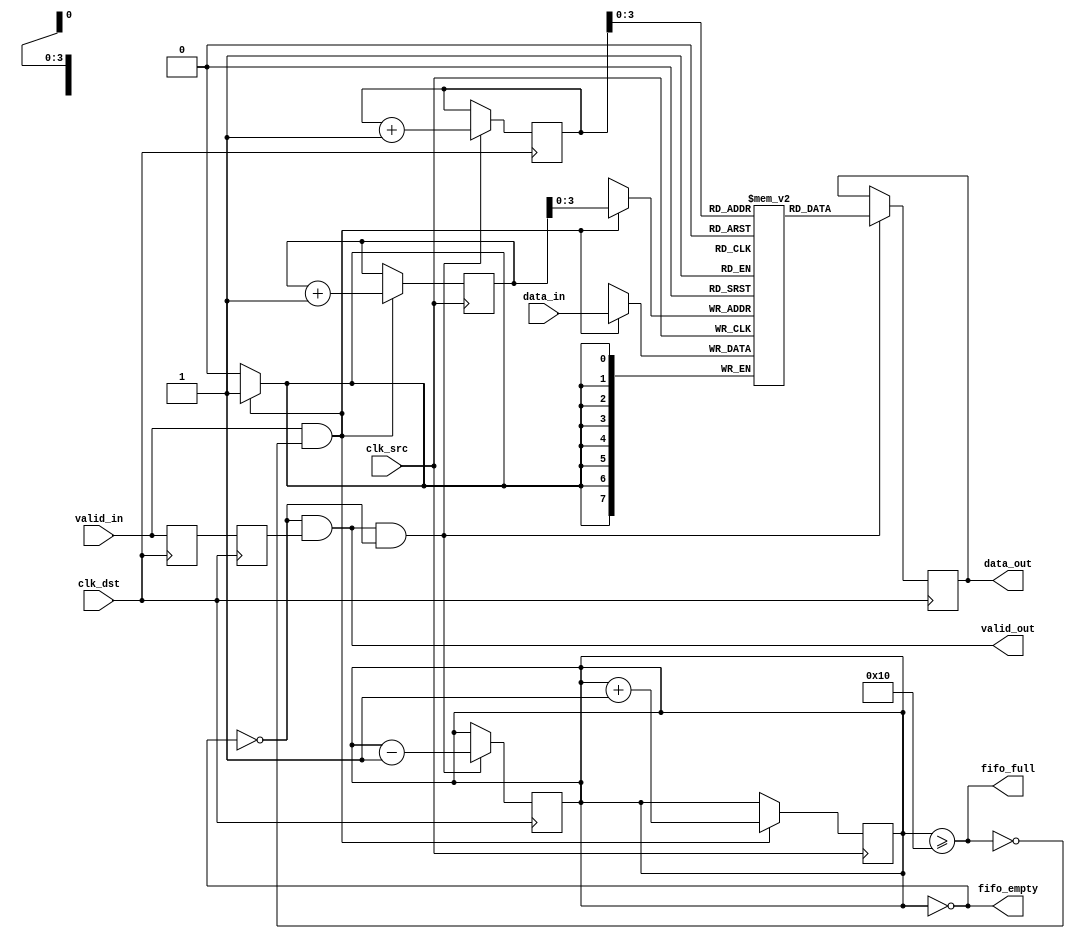
module burst_mode_synchronizer #(
    parameter DATA_WIDTH = 8,    // Width of the data
    parameter FIFO_DEPTH = 16     // Depth of the FIFO
)(
    input wire clk_src,           // Source clock (fast clock)
    input wire clk_dst,           // Destination clock (slow clock)
    input wire [DATA_WIDTH-1:0] data_in, // Data input from source clock domain
    input wire valid_in,          // Valid signal for input data
    output wire [DATA_WIDTH-1:0] data_out, // Data output to destination clock domain
    output wire valid_out,        // Valid signal for output data
    output wire fifo_full,        // FIFO full status
    output wire fifo_empty        // FIFO empty status
);

    // FIFO buffer declaration
    reg [DATA_WIDTH-1:0] fifo_mem [0:FIFO_DEPTH-1];
    reg [4:0] write_ptr;         // Write pointer
    reg [4:0] read_ptr;          // Read pointer
    reg [4:0] fifo_count;        // Count of items in FIFO

    // Write control logic
    always @(posedge clk_src) begin
        if (valid_in && !fifo_full) begin
            fifo_mem[write_ptr] <= data_in; // Write data to FIFO
            write_ptr <= write_ptr + 1;     // Increment write pointer
            fifo_count <= fifo_count + 1;    // Increment FIFO count
        end
    end

    // Read control logic
    always @(posedge clk_dst) begin
        if (valid_out && !fifo_empty) begin
            data_out <= fifo_mem[read_ptr]; // Read data from FIFO
            read_ptr <= read_ptr + 1;       // Increment read pointer
            fifo_count <= fifo_count - 1;    // Decrement FIFO count
        end
    end

    // FIFO status signals
    assign fifo_full = (fifo_count >= FIFO_DEPTH);
    assign fifo_empty = (fifo_count == 0);

    // Synchronization logic for valid signals
    reg valid_in_sync1, valid_in_sync2;
    reg valid_out_sync1, valid_out_sync2;

    // Synchronizing valid_in signal to destination clock domain
    always @(posedge clk_dst) begin
        valid_in_sync1 <= valid_in;
        valid_in_sync2 <= valid_in_sync1;
    end

    // Generating valid_out signal
    assign valid_out = !fifo_empty && valid_in_sync2;

    // Synchronizing valid_out signal to source clock domain
    always @(posedge clk_src) begin
        valid_out_sync1 <= valid_out;
        valid_out_sync2 <= valid_out_sync1;
    end

    // Reset logic for pointers and count
    initial begin
        write_ptr = 0;
        read_ptr = 0;
        fifo_count = 0;
    end

endmodule